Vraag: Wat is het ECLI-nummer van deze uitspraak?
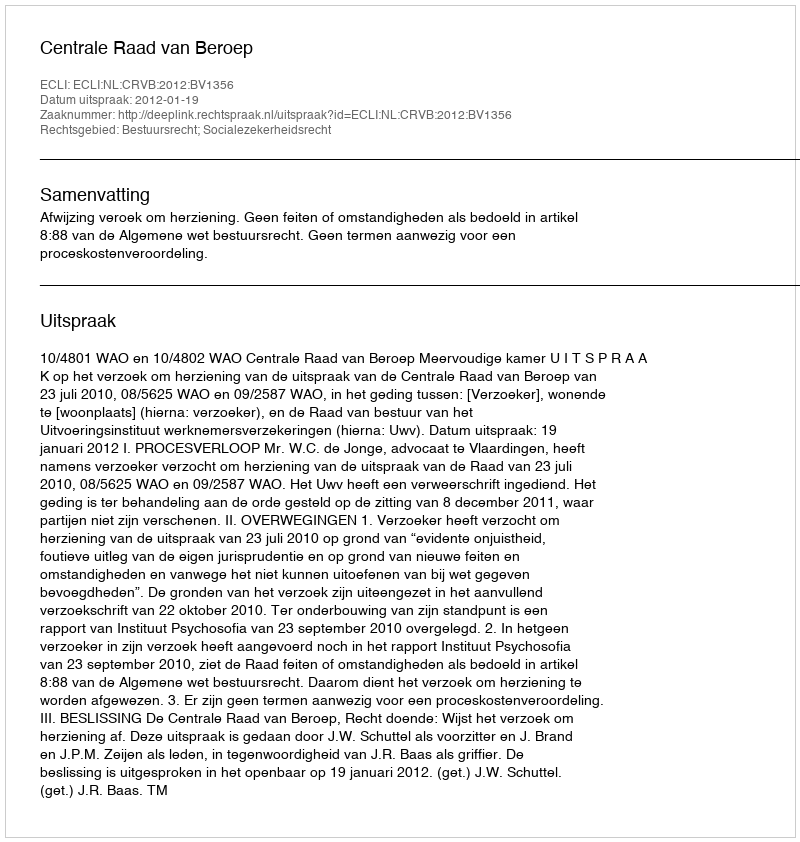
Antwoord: ECLI:NL:CRVB:2012:BV1356